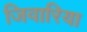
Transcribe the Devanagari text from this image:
जिवारिया